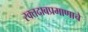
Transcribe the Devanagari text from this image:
रक्तदाबप्रमाणाचे